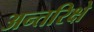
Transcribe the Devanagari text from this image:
अन्तरिक्षे